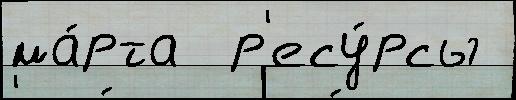
ма́рта  р'есу́рсы